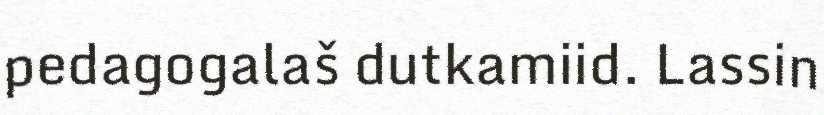
pedagogalaš dutkamiid. Lassin